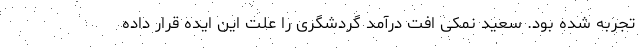
تجربه شده بود. سعید نمکی افت درآمد گردشگری را علت این ایده قرار داده